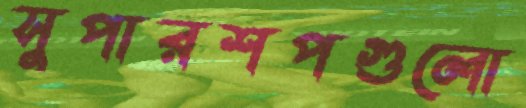
সুপারশপগুলো